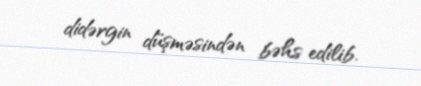
didərgin düşməsindən bəhs edilib.